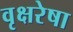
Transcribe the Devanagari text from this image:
वृक्षरेषा